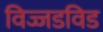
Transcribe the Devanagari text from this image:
विज्जडविड